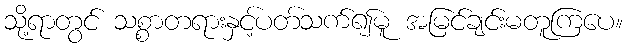
သို့ရာတွင် သစ္စာတရားနှင့်ပတ်သက်၍မူ အမြင်ချင်းမတူကြပေ။